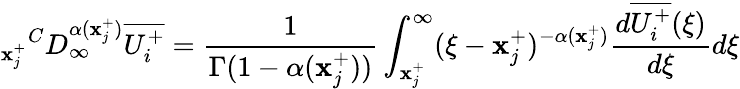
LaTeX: {_{\mathbf{x}_{j}^{+}}}^{C}D_{\infty}^{\alpha(\mathbf{x}_{j}^{+})}\overline{{{U_{i}^{+}}}}=\frac{{1}}{{\Gamma(1-\alpha(\mathbf{x}_{j}^{+}))}}\int_{\mathbf{x}_{j}^{+}}^{\infty}(\xi-\mathbf{x}_{j}^{+})^{-\alpha(\mathbf{x}_{j}^{+})}\frac{{d\overline{{{U_{i}^{+}}}}(\xi)}}{{d\xi}}d\xi